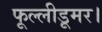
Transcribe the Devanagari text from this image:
फूल्लीडूमर।